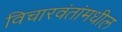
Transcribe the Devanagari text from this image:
विचारवंतांमधील